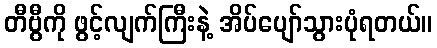
တီဗွီကို ဖွင့်လျက်ကြီးနဲ့ အိပ်ပျော်သွားပုံရတယ်။